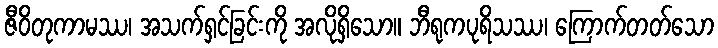
ဇီဝိတုကာမဿ၊ အသက်ရှင်ခြင်းကို အလိုရှိသော။ ဘီရုကပုရိသဿ၊ ကြောက်တတ်သော